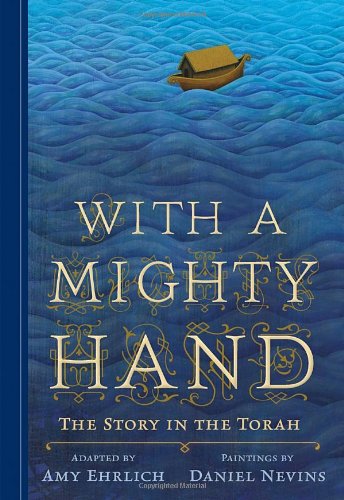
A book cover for With a Mighty Hand: The Story in the Torah; Amy Ehrlich; Children's Books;